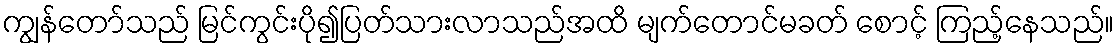
ကျွန်တော်သည် မြင်ကွင်းပို၍ပြတ်သားလာသည်အထိ မျက်တောင်မခတ် စောင့် ကြည့်နေသည်။